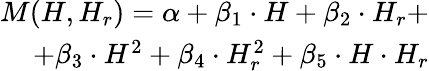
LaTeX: \begin{array}{r}{M(H,H_{r})=\alpha+\beta_{1}\cdot H+\beta_{2}\cdot H_{r}+}\\ {+\beta_{3}\cdot H^{2}+\beta_{4}\cdot H_{r}^{2}+\beta_{5}\cdot H\cdot H_{r}}\end{array}